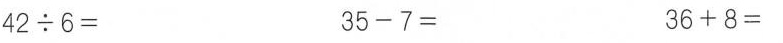
$$4 2 \div 6 =$$ $$3 5 - 7 =$$ $$3 6 + 8 =$$